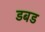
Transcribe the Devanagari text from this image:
डबड